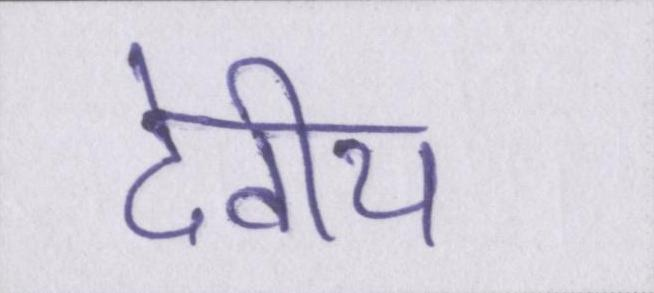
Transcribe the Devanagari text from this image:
देवीय